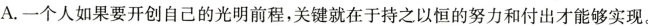
()A.一个人如果要开创自己的光明前程，关键就在于持之以恒的努力和付出才能够实现。